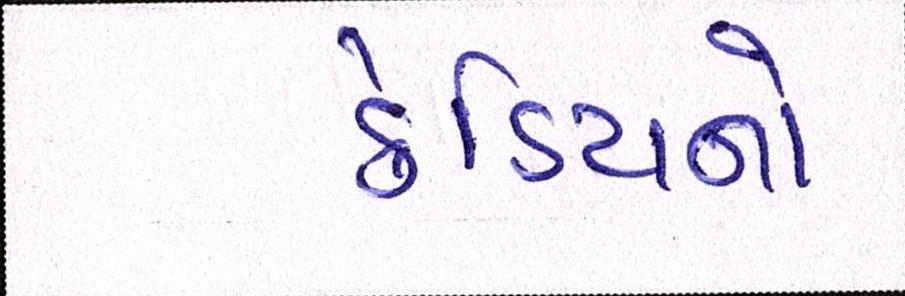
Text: ક્રેડિટનો